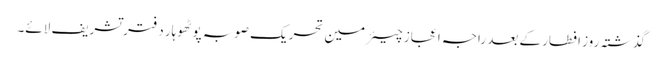
گذشتہ روز افطار کے بعد راجہ اعجاز چیئرمین تحریک صوبہ پوٹھوہار دفتر تشریف لائے۔